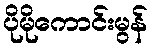
ပိုမိုကောင်းမွန်